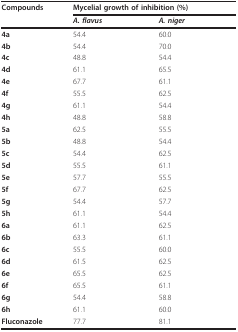
<table><thead><tr><td><b>Compounds</b></td><td colspan="2"><b>Mycelial growth of inhibition (%)</b></td></tr><tr><td></td><td><b><i>A. flavus</i></b></td><td><b><i>A. niger</i></b></td></tr></thead><tbody><tr><td><b>4a</b></td><td>54.4</td><td>60.0</td></tr><tr><td><b>4b</b></td><td>54.4</td><td>70.0</td></tr><tr><td><b>4c</b></td><td>48.8</td><td>54.4</td></tr><tr><td><b>4d</b></td><td>61.1</td><td>65.5</td></tr><tr><td><b>4e</b></td><td>67.7</td><td>61.1</td></tr><tr><td><b>4f</b></td><td>55.5</td><td>62.5</td></tr><tr><td><b>4g</b></td><td>61.1</td><td>54.4</td></tr><tr><td><b>4h</b></td><td>48.8</td><td>58.8</td></tr><tr><td><b>5a</b></td><td>62.5</td><td>55.5</td></tr><tr><td><b>5b</b></td><td>48.8</td><td>54.4</td></tr><tr><td><b>5c</b></td><td>54.4</td><td>62.5</td></tr><tr><td><b>5d</b></td><td>55.5</td><td>61.1</td></tr><tr><td><b>5e</b></td><td>57.7</td><td>55.5</td></tr><tr><td><b>5f</b></td><td>67.7</td><td>62.5</td></tr><tr><td><b>5g</b></td><td>54.4</td><td>57.7</td></tr><tr><td><b>5h</b></td><td>61.1</td><td>54.4</td></tr><tr><td><b>6a</b></td><td>61.1</td><td>62.5</td></tr><tr><td><b>6b</b></td><td>63.3</td><td>61.1</td></tr><tr><td><b>6c</b></td><td>55.5</td><td>60.0</td></tr><tr><td><b>6d</b></td><td>61.5</td><td>62.5</td></tr><tr><td><b>6e</b></td><td>65.5</td><td>62.5</td></tr><tr><td><b>6f</b></td><td>65.5</td><td>61.1</td></tr><tr><td><b>6g</b></td><td>54.4</td><td>58.8</td></tr><tr><td><b>6h</b></td><td>61.1</td><td>60.0</td></tr><tr><td><b>Fluconazole</b></td><td>77.7</td><td>81.1</td></tr></tbody></table>